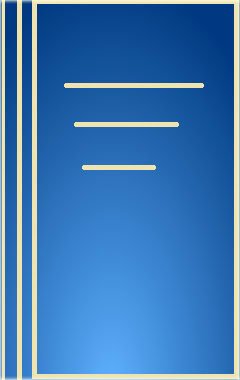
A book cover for MacMillan Profiles: Photographers and Filmmakers (1 Vol.); Teen & Young Adult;